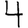
Digit: 4